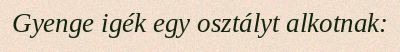
Gyenge igék egy osztályt alkotnak: